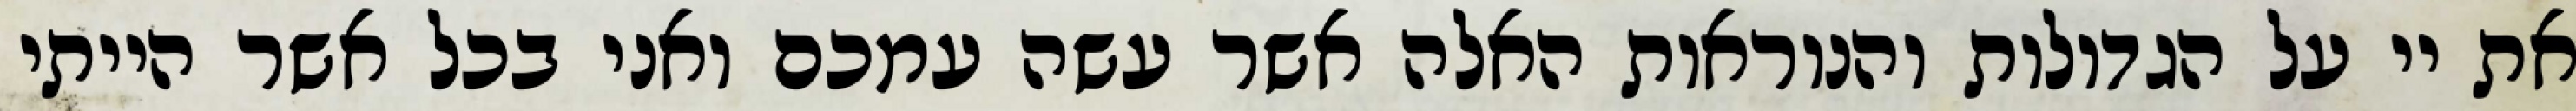
את יי על הגדולות והנוראות האלה אשר עשה עמכם ואני בכל אשר הייתי